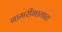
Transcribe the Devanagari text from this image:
नागरीभागात